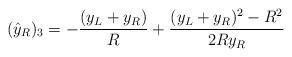
LaTeX: \begin{align*}({\hat y}_R)_3 = -{ (y_L+y_R)\over R} +{(y_L +y_R)^2 - R^2 \over 2Ry_R } \end{align*}